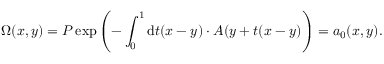
\Omega ( x , y ) = P \exp \left( - \int _ { 0 } ^ { 1 } \mathrm { d } t ( x - y ) \cdot A ( y + t ( x - y ) \right) = a _ { 0 } ( x , y ) .